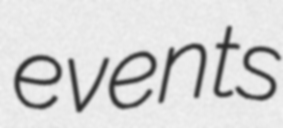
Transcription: events